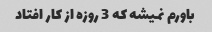
باورم نمیشه که 3 روزه از کار افتاد